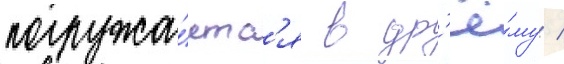
погружа́етс'я в др'ё́му /